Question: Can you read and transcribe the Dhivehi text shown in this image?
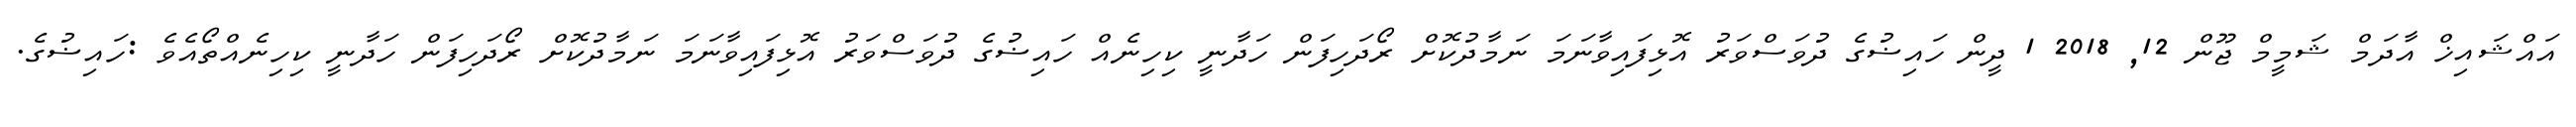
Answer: އައްޝައިޚް އާދަމް ޝަމީމް ޖޫން 12, 2018 1 ދީން ހައިޟުގެ ދުވަސްވަރު އޮޅިފައިވާނަމަ ނަމާދުކޮށް ރޯދަހިފަން ހަދާނީ ކިހިނެއް ހައިޟުގެ ދުވަސްވަރު އޮޅިފައިވާނަމަ ނަމާދުކޮށް ރޯދަހިފަން ހަދާނީ ކިހިނެއްތޯއެވެ :ހައިޟުގެ.